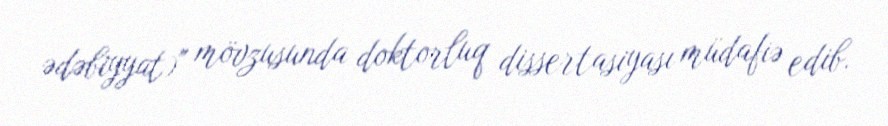
ədəbiyyat)" mövzusunda doktorluq dissertasiyası müdafiə edib.